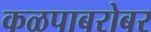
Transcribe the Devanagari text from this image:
कळपाबरोबर